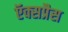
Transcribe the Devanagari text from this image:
ऍक्सप्रैस